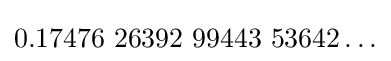
0{.}17476{\text{ }}26392{\text{ }}99443{\text{ }}53642\ldots